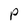
Character: P